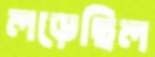
লড়েছিল